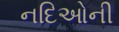
નદિઓની